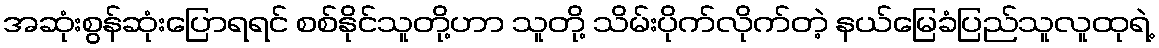
အဆုံးစွန်ဆုံးပြောရရင် စစ်နိုင်သူတို့ဟာ သူတို့ သိမ်းပိုက်လိုက်တဲ့ နယ်မြေခံပြည်သူလူထုရဲ့